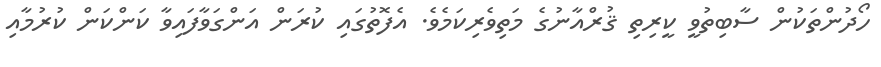
ހޯދުންތަކުން ސާބިތުވީ ކީރިތި ޤުރްއާނުގެ މަތިވެރިކަމެވެ. އެފޮތުގައި ކުރަން އަންގަވާފައިވާ ކަންކަން ކުރުމާއި